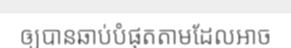
ឲ្យបានឆាប់បំផុតតាមដែលអាច